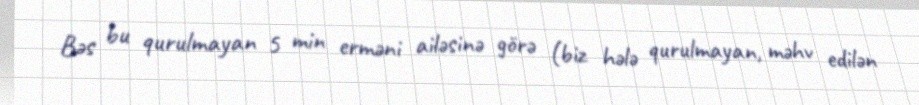
Bəs bu qurulmayan 5 min erməni ailəsinə görə (biz hələ qurulmayan, məhv edilən